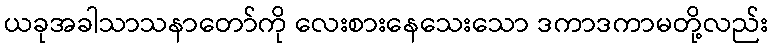
ယခုအခါသာသနာတော်ကို လေးစားနေသေးသော ဒကာဒကာမတို့လည်း